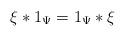
LaTeX: \begin{align*}\xi * 1_{\Psi} = 1_{\Psi} * \xi\end{align*}